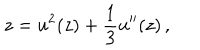
z = u ^ { 2 } ( z ) + { \frac { 1 } { 3 } } u ^ { \prime \prime } ( z ) \, ,